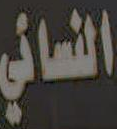
النسائي